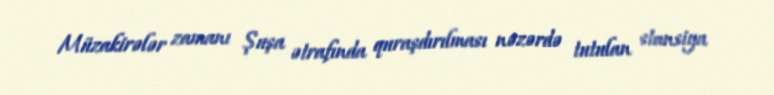
Müzakirələr zamanı Şuşa ətrafında quraşdırılması nəzərdə tutulan stansiya